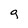
Character: g